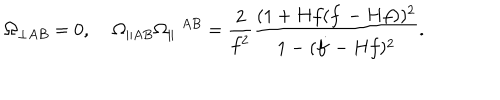
LaTeX: \Omega _ { \perp A B } = 0 , \; \Omega _ { \parallel A B } \Omega _ { \parallel } \; ^ { A B } = \frac { 2 } { f ^ { 2 } } \frac { ( 1 + H f ( \dot { f } - H f ) ) ^ { 2 } } { 1 - ( \dot { f } - H f ) ^ { 2 } } .